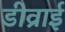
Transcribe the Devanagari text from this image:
डीव्राई